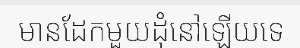
មានដែកមួយដុំនៅឡើយទេ